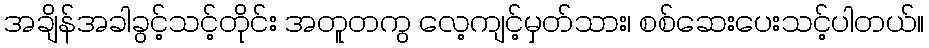
အချိန်အခါခွင့်သင့်တိုင်း အတူတကွ လေ့ကျင့်မှတ်သား၊ စစ်ဆေးပေးသင့်ပါတယ်။